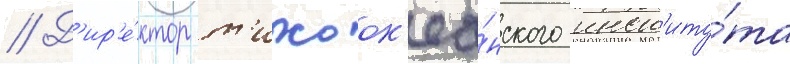
// Д'ир'е́ктор т'ихоок'еа́нского инст'иту́та